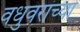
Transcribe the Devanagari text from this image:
वधुवरांच्या